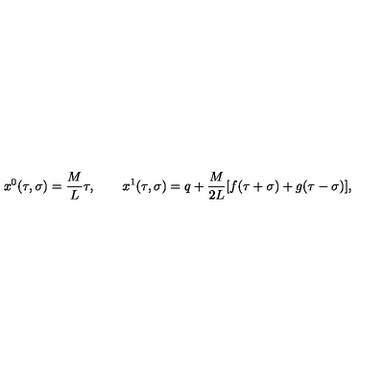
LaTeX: x ^ { 0 } ( \tau , \sigma ) = \frac M L \tau , \quad \quad x ^ { 1 } ( \tau , \sigma ) = q + \frac M { 2 L } [ f ( \tau + \sigma ) + g ( \tau - \sigma ) ] ,